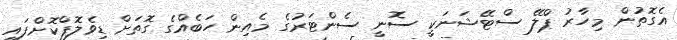
އެގޮތުން މިހާރު ޕްލޭ ސްޓޭޝަނަކީ ސޮނީ ސެންޓަރުގެ މެއިން ހަބެއްގެ ގޮތަށް ޑިވެލޮޕްކޮށްފައި